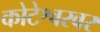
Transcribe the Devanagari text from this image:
कोटेश्वरवर